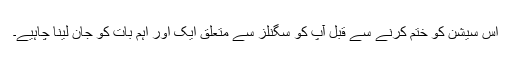
اس سیشن کو ختم کرنے سے قبل آپ کو سگنلز سے متعلق ایک اور اہم بات کو جان لینا چاہیے۔